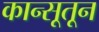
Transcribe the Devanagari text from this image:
कान्सूतून